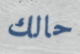
حالك